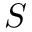
S